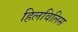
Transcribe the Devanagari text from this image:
हिलविलिस